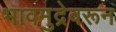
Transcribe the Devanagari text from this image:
भावमुद्रेवरून